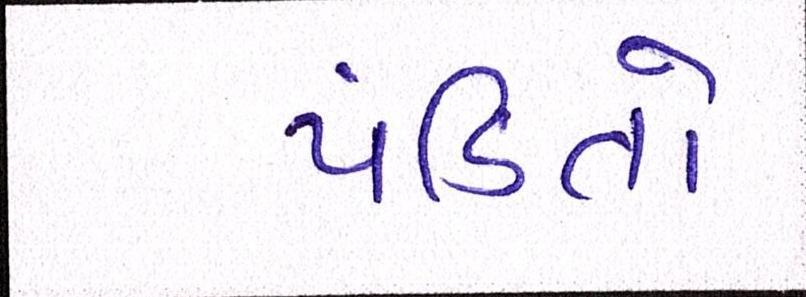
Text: પંડિતો